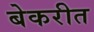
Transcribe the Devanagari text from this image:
बेकरीत